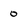
Character: 0